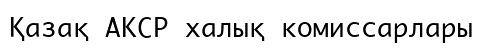
Қазақ АКСР халық комиссарлары